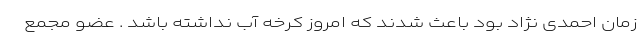
زمان احمدی نژاد بود باعث شدند که امروز کرخه آب نداشته باشد . عضو مجمع